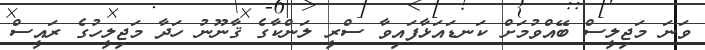
ވަނަ މަޖިލީސް ބޭއްވުމަށް ކަނޑައަޅާފައިވާ ސްރީ ލަންކާގެ ޤާނޫނު ހަދާ މަޖިލީހުގެ ރައީސް